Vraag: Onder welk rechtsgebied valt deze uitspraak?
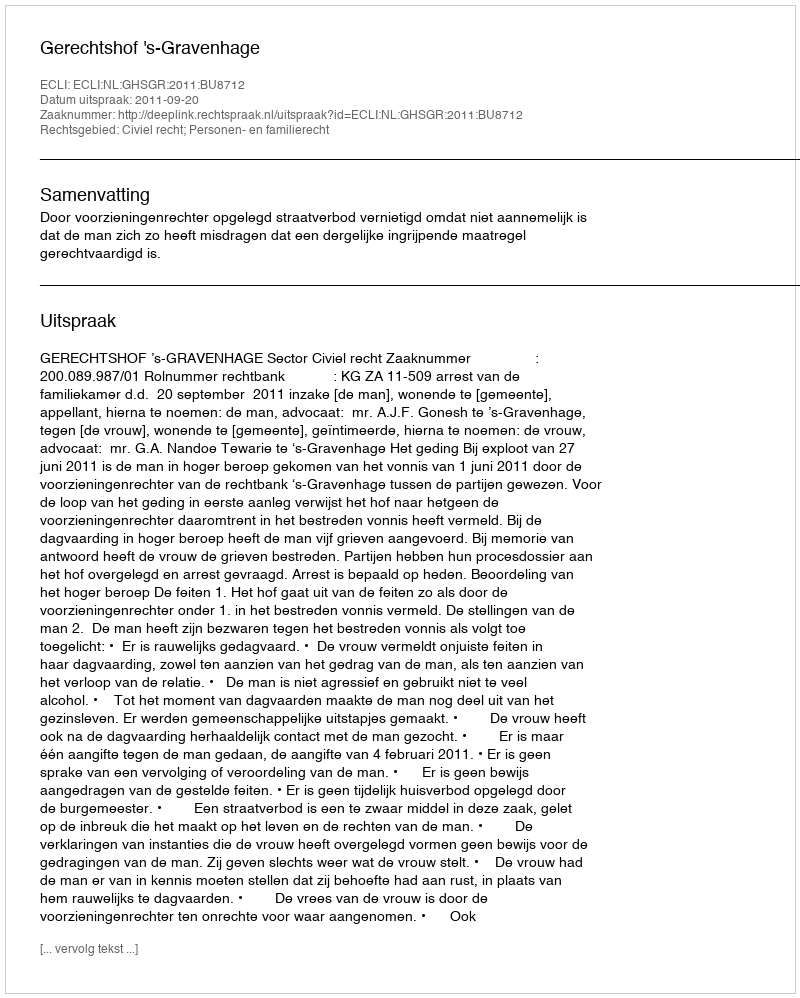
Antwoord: Civiel recht; Personen- en familierecht